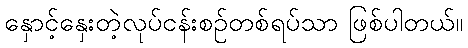
နှောင့်နှေးတဲ့လုပ်ငန်းစဉ်တစ်ရပ်သာ ဖြစ်ပါတယ်။